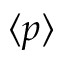
\langle p \rangle